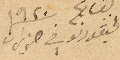
ليقورنو في حزيران /١٩٢٠